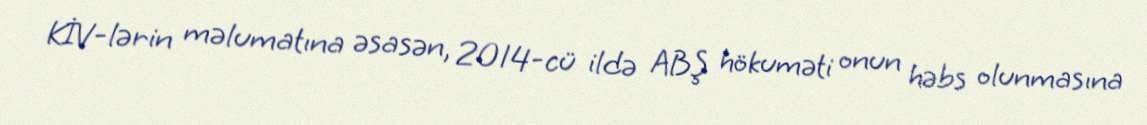
KİV-lərin məlumatına əsasən, 2014-cü ildə ABŞ hökuməti onun həbs olunmasına